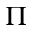
\Pi